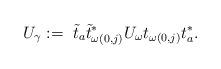
LaTeX: \begin{align*}U_{\gamma}:=\; \tilde{t}_a\tilde{t}_{\omega(0,j)}^*U_{\omega}t_{\omega(0,j)}t_a^*.\end{align*}